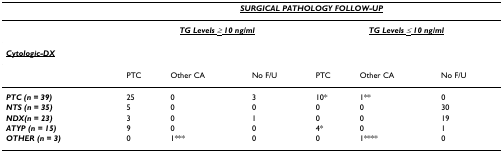
<table><thead><tr><td></td><td colspan="6"><b><i><underline>SURGICAL PATHOLOGY FOLLOW-UP</underline></i></b></td></tr></thead><tbody><tr><td></td><td colspan="3"><b><i><underline>TG Levels ≥ 10 ng/ml</underline></i></b></td><td colspan="3"><b><i><underline>TG Levels ≤ 10 ng/ml</underline></i></b></td></tr><tr><td><b><i><underline>Cytologic-DX</underline></i></b></td><td></td><td></td><td></td><td></td><td></td><td></td></tr><tr><td></td><td>PTC</td><td>Other CA</td><td>No F/U</td><td>PTC</td><td>Other CA</td><td>No F/U</td></tr><tr><td><b><i>PTC (n = 39)</i></b></td><td>25</td><td>0</td><td>3</td><td>10*</td><td>1**</td><td>0</td></tr><tr><td><b><i>NTS (n = 35)</i></b></td><td>5</td><td>0</td><td>0</td><td>0</td><td>0</td><td>30</td></tr><tr><td><b><i>NDX(n = 23)</i></b></td><td>3</td><td>0</td><td>1</td><td>0</td><td>0</td><td>19</td></tr><tr><td><b><i>ATYP (n = 15)</i></b></td><td>9</td><td>0</td><td>0</td><td>4*</td><td>0</td><td>1</td></tr><tr><td><b><i>OTHER (n = 3)</i></b></td><td>0</td><td>1***</td><td>0</td><td>0</td><td>1****</td><td>0</td></tr></tbody></table>